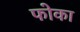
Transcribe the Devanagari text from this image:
फोका